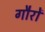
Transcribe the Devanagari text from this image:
गौरों